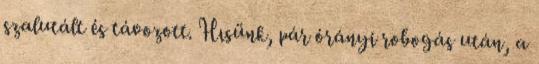
szalutált és távozott. Hısünk, pár órányi robogás után, a